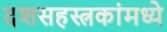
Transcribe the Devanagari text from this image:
दशसहस्त्रकांमध्ये